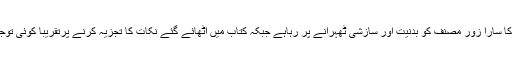
ان کے مخالفین کا سارا زور مصنف کو بدنیت اور سازشی ٹھہرانے پر رہاہے جبکہ کتاب میں اٹھائے گئے نکات کا تجزیہ کرنے پرتقریباً کوئی توجہ نہیں دی گئی۔